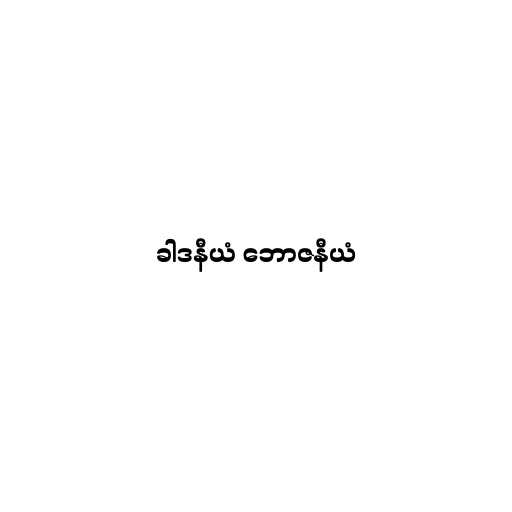
ခါဒနီယံ ဘောဇနီယံ